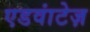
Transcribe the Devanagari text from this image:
एडवांटेज़